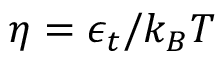
\eta = \epsilon _ { t } / k _ { B } T